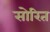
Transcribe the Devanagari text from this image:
सोरित